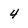
Character: 4